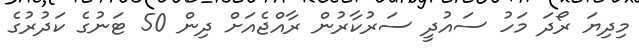
މިދިޔަ ރޯދަ މަހު ސައުދީ ސަރުކާރުން ރާއްޖެއަށް ދިން 50 ޓަނުގެ ކަދުރުގެ